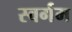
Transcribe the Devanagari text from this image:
स्वर्गम